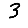
Digit: 3